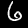
Label: 6